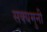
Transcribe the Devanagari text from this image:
सक्यमुनी